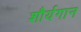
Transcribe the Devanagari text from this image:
शौर्यगान